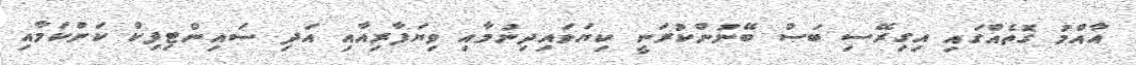
އާއްމު ގޮތެއްގައި އިގިރޭސި ބަސް ބޭނުންކުރަނީ ކިޔަވައިދިނުމާއި ވިޔަފާރިއާއި އަދި ސައިންޓިފިކް ކަންކަމާއި